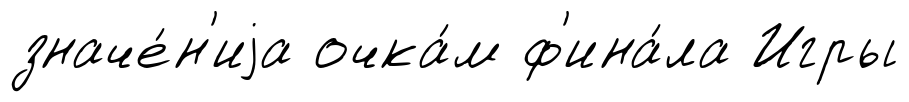
значе́н'иjа очка́м ф'ина́ла Игры